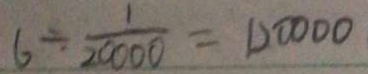
6 \div \frac { 1 } { 2 0 0 0 0 } = 1 2 0 0 0 0